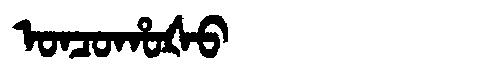
Manchu: ᠣᠨᠴᠣᡥᠣᡧᠣ
Romanization: ONCOHOŠO